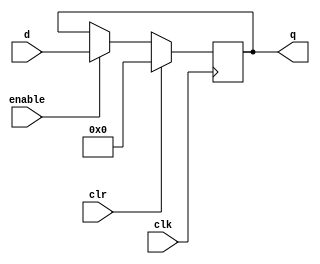
module reg_32_bits #(parameter qInitial = 0)(
	input wire clk, 
	input wire clr,
	input wire enable,
	input wire [31:0] d,
	output reg [31:0] q
);
		
	
	initial q = qInitial;
	always@(posedge clk) 
	begin
		if (clr) begin
			q[31:0] = 32'b0;
		end
		else if(enable) begin
			q[31:0] = d[31:0];
		end 
	end
endmodule